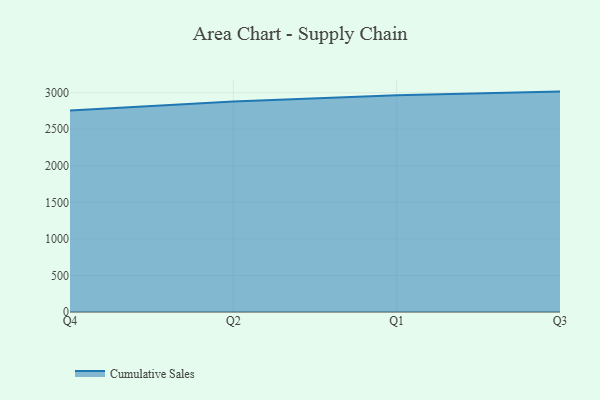
{"axis": {"x": "Quarter", "y": "Waste Production (Tons)"}, "legend": ["Cumulative Sales"], "data": [{"x": "Q4", "y": 2756.3, "type": "Cumulative Sales"}, {"x": "Q2", "y": 2879.8, "type": "Cumulative Sales"}, {"x": "Q1", "y": 2966.5, "type": "Cumulative Sales"}, {"x": "Q3", "y": 3015.2, "type": "Cumulative Sales"}]}